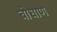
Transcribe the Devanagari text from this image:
बोधाण